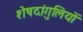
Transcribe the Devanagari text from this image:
शेषदांगुलियों